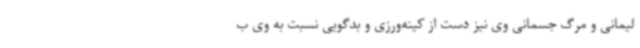
لیمانی و مرگ جسمانی وی نیز دست از کینه‌ورزی و بدگویی نسبت به وی ب